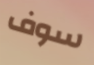
سوف